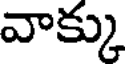
వాక్కు